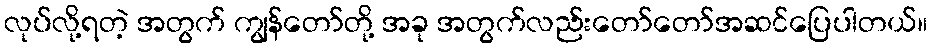
လုပ်လို့ရတဲ့ အတွက် ကျွန်တော်တို့ အခု အတွက်လည်းတော်တော်အဆင်ပြေပါတယ်။